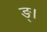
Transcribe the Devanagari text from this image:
ङ्।